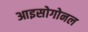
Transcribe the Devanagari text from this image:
आइसोगोनल